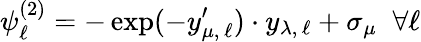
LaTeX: \psi_{\ell}^{(2)}=-\exp(-y_{\mu,\, \ell}^{\prime})\cdot y_{\lambda,\, \ell}+\sigma_{\mu}\; \; \forall\ell